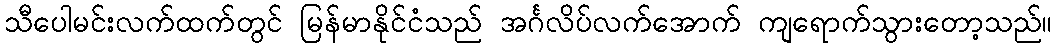
သီပေါမင်းလက်ထက်တွင် မြန်မာနိုင်ငံသည် အင်္ဂလိပ်လက်အောက် ကျရောက်သွားတော့သည်။